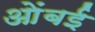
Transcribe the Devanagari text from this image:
ओंबई